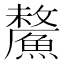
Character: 𩺸